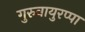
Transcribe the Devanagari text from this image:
गुरुवायुरप्पा